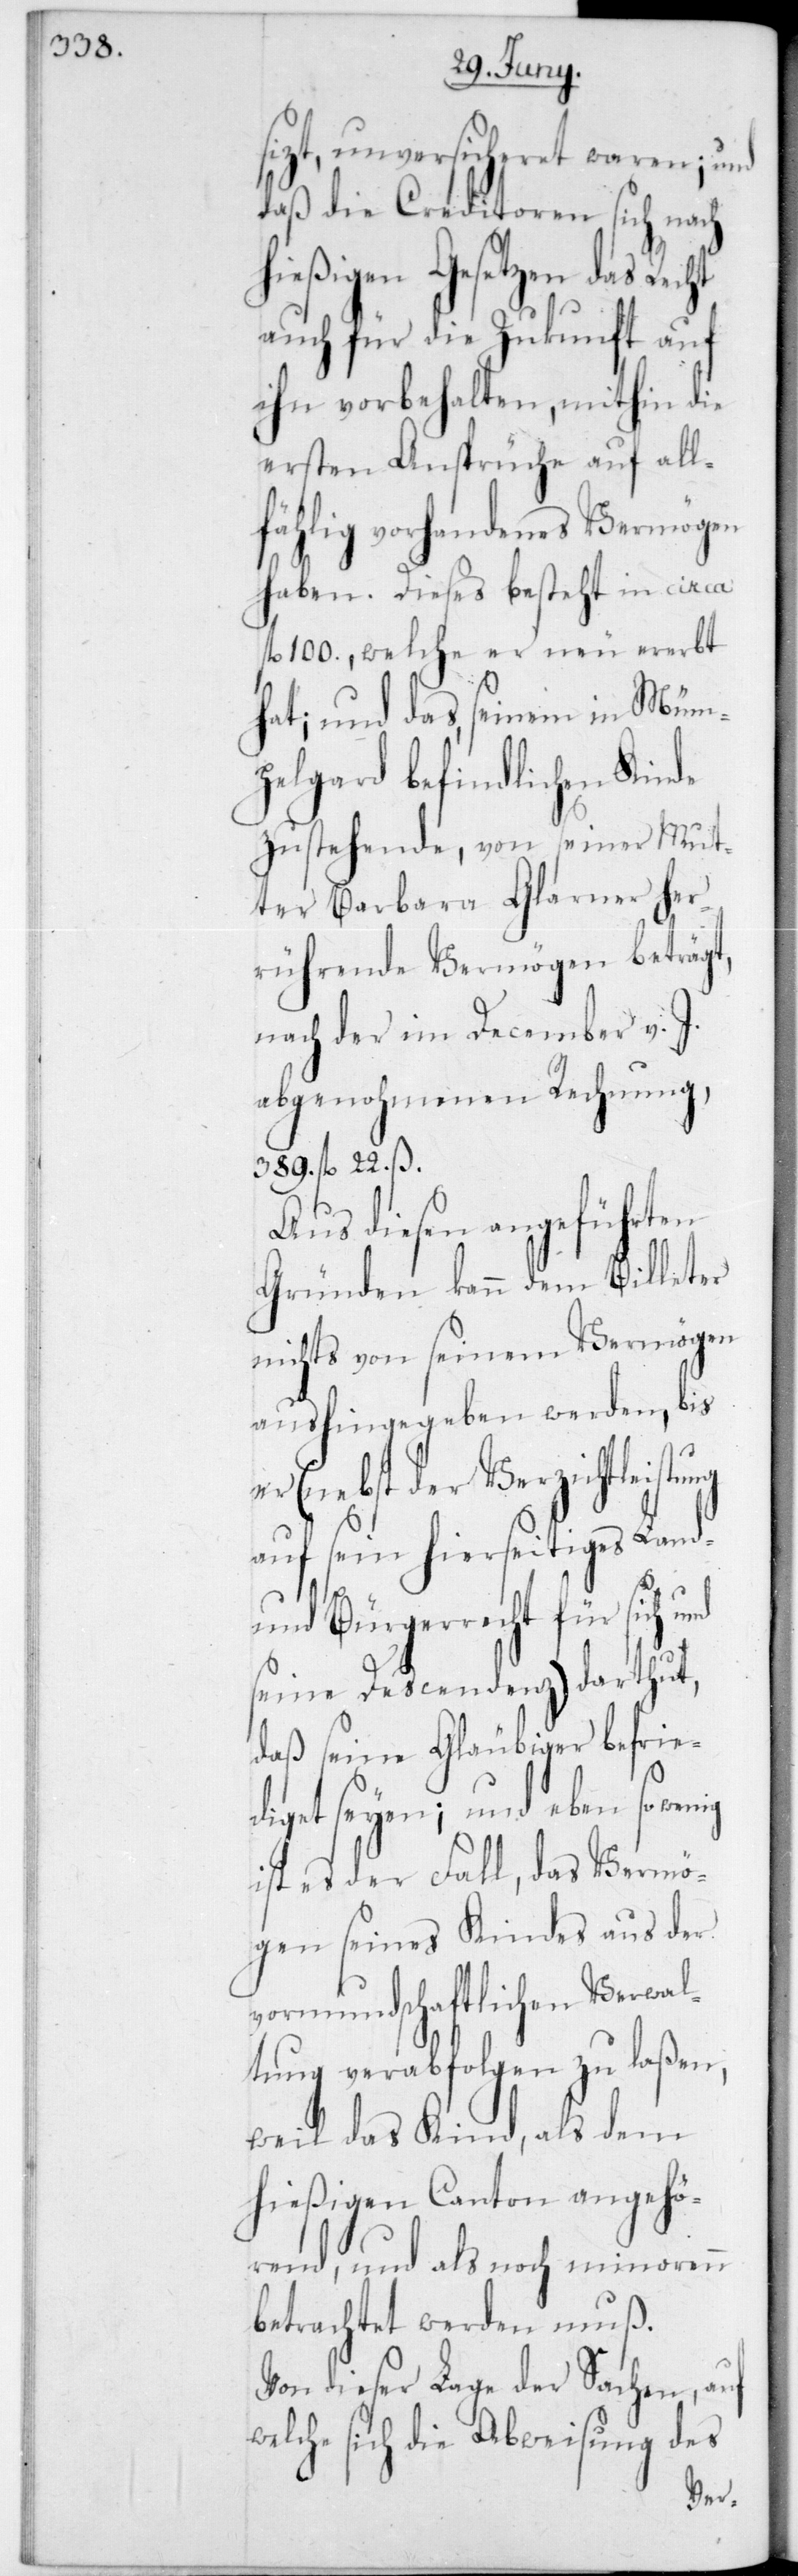
unversicheret waren, und
daß die Creditoren sich nach
hießigen Gesetzen das
auch für die Zukunft auf
ihn vorbehalten, mithin die
ersten Ansprüche auf all¬
fählig vorhandenes Vermögen
haben. Dieses besteht in circa
fl. 100, welche er neu ererbt
hat; und das seinem in Müm¬
pelgard befindlichen Kinde
zustehende, von seiner Mut¬
ter Barbara Glarner her¬
rührende Vermögen beträgt,
nach der im December v.
abgenohmenen Rechnung,
389 fl. 22 ß.
Aus diesen angeführten
Gründen kann dem Billeter
nichts von seinem Vermögen
aushingegeben werden, bis
(nebst der Verzichtleistu¬
auf sein hierseitiges Land-
und Bürgerrecht für sich
seine Descendenz) darthut,
daß seine Gläubiger befrie¬
diget seyen; und eben so
ist es der Fall, das Vermö¬
gen seines Kindes aus der
vormundschaftlichen Verwal¬
tung verabfolgen zu laßen,
weil das Kind, als dem
hießigen Canton angehö¬
rend, und als noch minorenn
betrachtet werden muß.
Von dieser Lage der Sachen, auf
welche sich die Abweisung des
ng